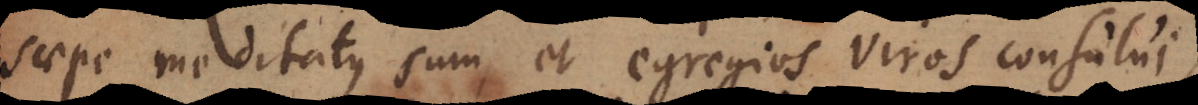
saepe meditatus sum, et egregios viros consului,